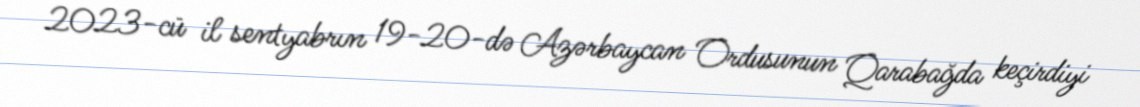
2023-cü il sentyabrın 19-20-də Azərbaycan Ordusunun Qarabağda keçirdiyi